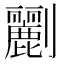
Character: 𠠫